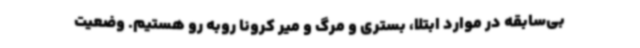
بی‌سابقه در موارد ابتلا، بستری و مرگ و میر کرونا روبه رو هستیم. وضعیت